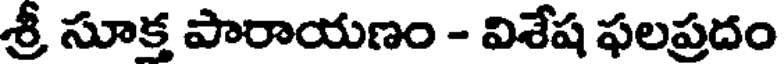
శ్రీ సూక్త పారాయణం - విశేష ఫలప్రదం